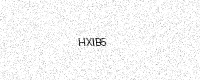
Text: HXIB5